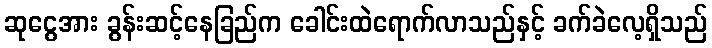
ဆုငွေအား ခွန်းဆင့်နေခြည်က ခေါင်းထဲရောက်လာသည်နှင့် ခက်ခဲလေ့ရှိသည်